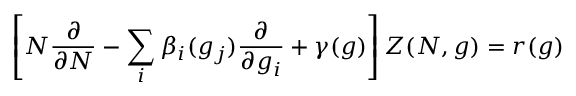
\left[ N { \frac { \partial } { \partial N } } - \sum _ { i } \beta _ { i } ( g _ { j } ) { \frac { \partial } { \partial g _ { i } } } + \gamma ( g ) \right] Z ( N , g ) = r ( g )